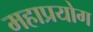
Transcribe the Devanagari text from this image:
महाप्रयोग